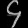
Digit: ၄